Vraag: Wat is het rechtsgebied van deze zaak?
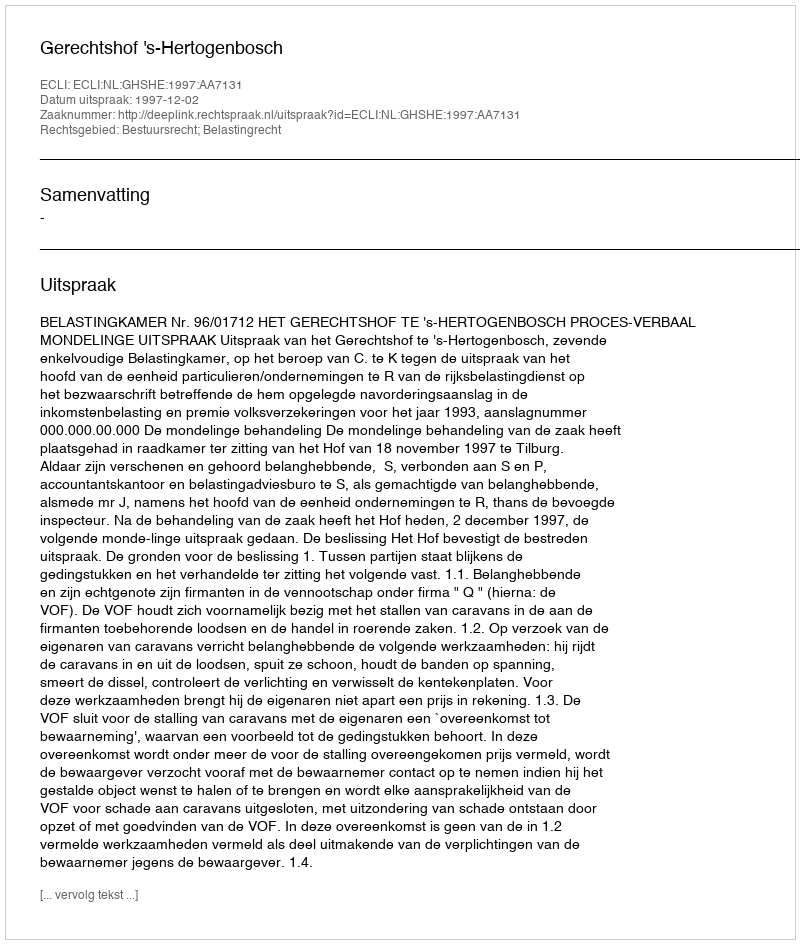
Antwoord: Bestuursrecht; Belastingrecht